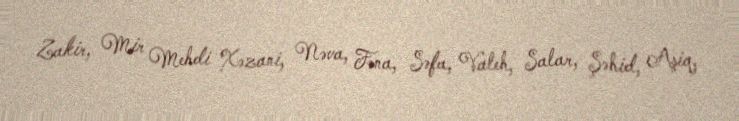
Zakir, Mir Mehdi Xəzani, Nəva, Fəna, Səfa, Valeh, Salar, Şəhid, Aşiq,